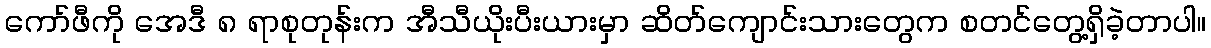
ကော်ဖီကို အေဒီ ၈ ရာစုတုန်းက အီသီယိုးပီးယားမှာ ဆိတ်ကျောင်းသားတွေက စတင်တွေ့ရှိခဲ့တာပါ။